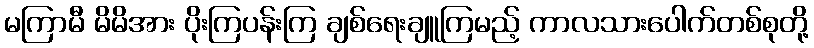
မကြာမီ မိမိအား ပိုးကြပန်းကြ ချစ်ရေးချူကြမည့် ကာလသားပေါက်တစ်စုတို့